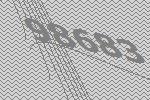
98683